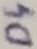
Text: D4